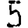
Digit: 5